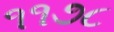
૧૧૭૮